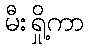
မီးရှို့ကာ